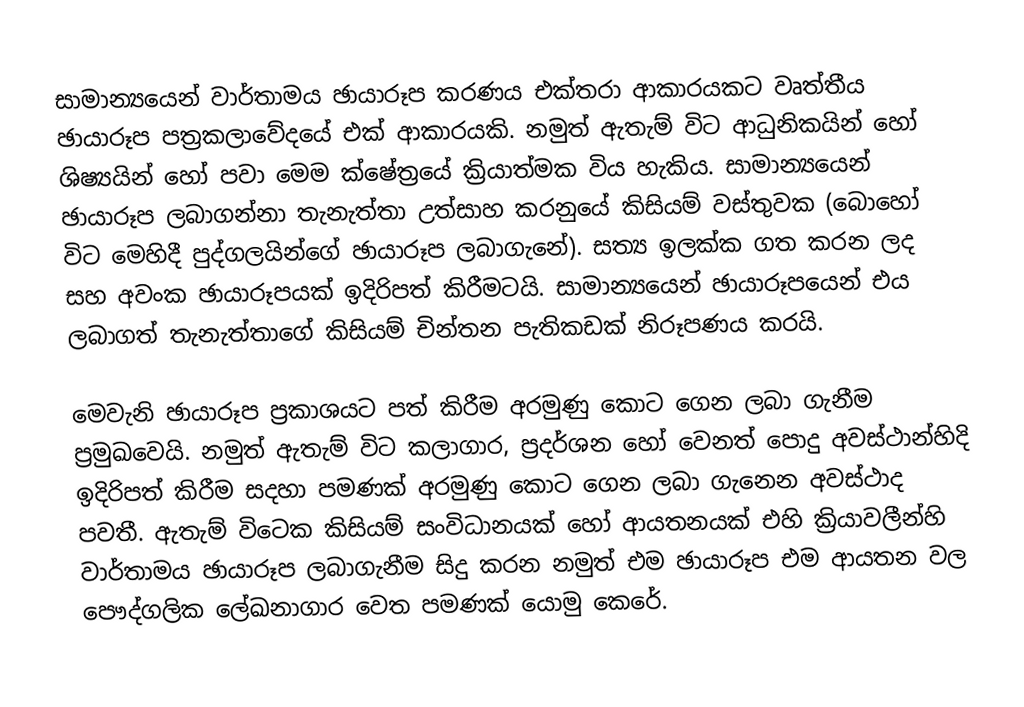
සාමාන්‍යයෙන් වාර්තාමය ඡායාරූප කරණය එක්තරා ආකාරයකට වෘත්තීය ඡායාරූප පත්‍රකලාවේදයේ එක් ආකාරයකි. නමුත් ඇතැම් විට ආධුනිකයින් හෝ ශිෂ්‍යයින් හෝ පවා මෙම ක්ෂේත්‍රයේ ක්‍රියාත්මක විය හැකිය. සාමාන්‍යයෙන් ඡායාරූප ලබාගන්නා තැනැත්තා උත්සාහ කරනුයේ කිසියම් වස්තුවක (බොහෝ විට මෙහිදී පුද්ගලයින්ගේ ඡායාරූප ලබාගැනේ). සත්‍ය ඉලක්ක ගත කරන ලද සහ අවංක ඡායාරූපයක් ඉදිරිපත් කිරීමටයි. සාමාන්‍යයෙන් ඡායාරූපයෙන් එය ලබාගත් තැනැත්තාගේ කිසියම් චින්තන පැතිකඩක් නිරූපණය කරයි.

මෙවැනි ඡායාරූප ප්‍රකාශයට පත් කිරීම අරමුණු කොට ගෙන ලබා ගැනීම ප්‍රමුඛවෙයි. නමුත් ඇතැම් විට කලාගාර, ප්‍රදර්ශන හෝ වෙනත් පොදු අවස්ථාන්හිදි ඉදිරිපත් කිරීම සදහා පමණක් අරමුණු කොට ගෙන ලබා ගැනෙන අවස්ථාද පවතී. ඇතැම් විටෙක කිසියම් සංවිධානයක් හෝ ආයතනයක් එහි ක්‍රියාවලීන්හි වාර්තාමය ඡායාරූප ලබාගැනීම සිදු කරන නමුත් එම ඡායාරූප එම ආයතන වල පෞද්ගලික ලේඛනාගාර වෙත පමණක් යොමු කෙරේ.